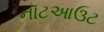
નૉટઆઉટ